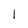
Character: 1